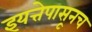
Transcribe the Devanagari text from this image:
इयत्तेपासूनच